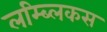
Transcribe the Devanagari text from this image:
लम्ब्लिकस